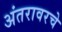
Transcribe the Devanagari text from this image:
अंतरावरचे